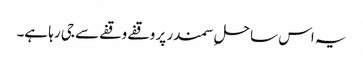
یہ اس ساحلِ سمندر پر وقفے وقفے سے جی رہا ہے۔